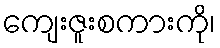
ကျေးဇူးစကားကို၊